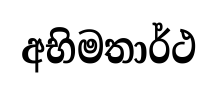
අභිමතාර්ථ